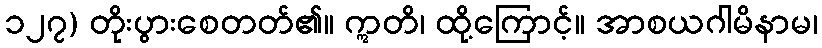
၁၂၇) တိုးပွားစေတတ်၏။ ဣတိ၊ ထို့ကြောင့်။ အာစယဂါမိနာမ၊